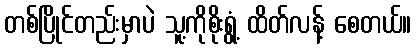
တစ်ပြိုင်တည်းမှာပဲ သူ့ကိုစိုးရွံ့ ထိတ်လန့် စေတယ်။